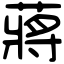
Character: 蔣